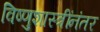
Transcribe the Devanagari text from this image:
विष्णुशास्त्रींनंतर